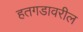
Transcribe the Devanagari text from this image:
हतगडावरील